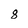
Character: 8